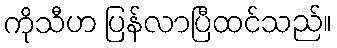
ကိုသီဟ ပြန်လာပြီထင်သည်။